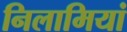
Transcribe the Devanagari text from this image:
निलामियां